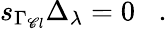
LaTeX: s_{\Gamma_{\mathscr{C}l}}\Delta_{\lambda}=0\; \; \; .